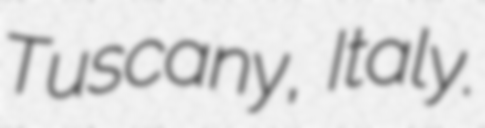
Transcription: Tuscany, Italy.